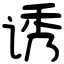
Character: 诱